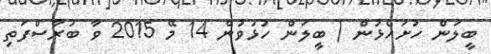
ބީލަން ހުށަހެޅުން / ބީލަން ހުޅުވުން 14 މޭ 2015 ވާ ބުރާސްފަތި